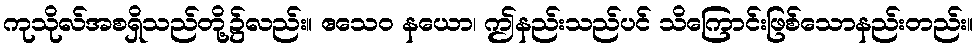
ကုသိုလ်အစရှိသည်တို့၌လည်း။ ဧသေဝ နယော၊ ဤနည်းသည်ပင် သိကြောင်းဖြစ်သောနည်းတည်း။